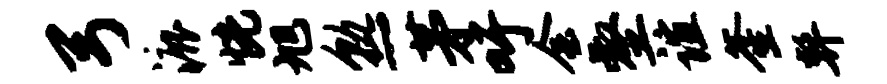
弓漉恍旭熟茅吁会壑谊釜弊